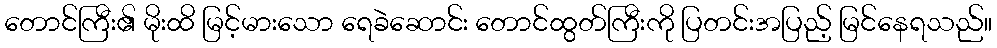
တောင်ကြီး၏ မိုးထိ မြင့်မားသော ရေခဲဆောင်း တောင်ထွတ်ကြီးကို ပြတင်းအပြည့် မြင်နေရသည်။